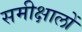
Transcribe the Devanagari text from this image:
समीक्षालों